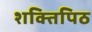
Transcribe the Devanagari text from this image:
शक्तिपिठ